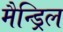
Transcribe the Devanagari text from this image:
मैन्ड्रिल